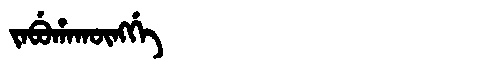
Manchu: ᠵᠠᠪᡠᡥᠠᡴᡡᠩᡤᡝ
Romanization: JABUHAKŪNGGE